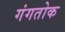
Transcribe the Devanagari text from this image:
गंगतोक